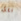
فقط